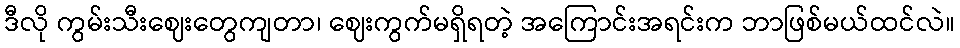
ဒီလို ကွမ်းသီးဈေးတွေကျတာ၊ ဈေးကွက်မရှိရတဲ့ အကြောင်းအရင်းက ဘာဖြစ်မယ်ထင်လဲ။